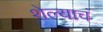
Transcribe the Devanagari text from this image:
शेल्याचं